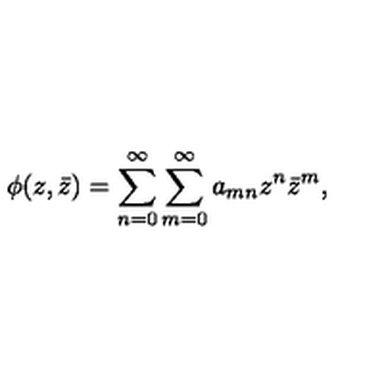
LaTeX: \phi ( z , \bar { z } ) = \sum _ { n = 0 } ^ { \infty } \sum _ { m = 0 } ^ { \infty } a _ { m n } z ^ { n } \bar { z } ^ { m } ,